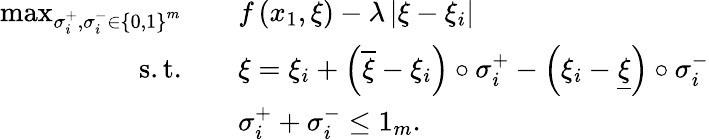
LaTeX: \begin{array}{rl}{\operatorname*{max}_{\sigma_{i}^{+},\sigma_{i}^{-}\in\left\{ 0,1\right\} ^{m}}\quad}&{f\left(x_{1},{\xi}\right)-\lambda\left\lvert\xi-{\xi}_{i}\right\rvert}\\ {\mathrm{s.t.}\quad}&{\xi=\xi_{i}+\left(\overline{{\xi}}-\xi_{i}\right)\circ\sigma_{i}^{+}-\left(\xi_{i}-\underline{{\xi}}\right)\circ\sigma_{i}^{-}}\\ &{\sigma_{i}^{+}+\sigma_{i}^{-}\leq 1_{m}.}\end{array}